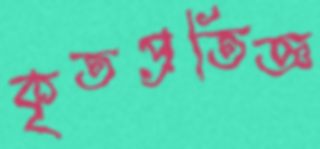
কৃতপ্রতিজ্ঞ